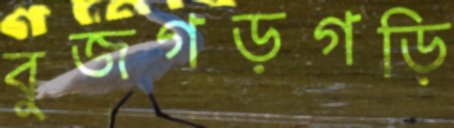
বুজগড়গড়ি